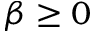
\beta \geq 0